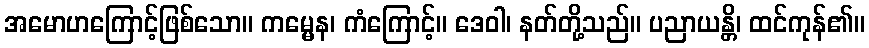
အမောဟကြောင့်ဖြစ်သော။ ကမ္မေန၊ ကံကြောင့်။ ဒေဝါ၊ နတ်တို့သည်။ ပညာယန္တိ၊ ထင်ကုန်၏။